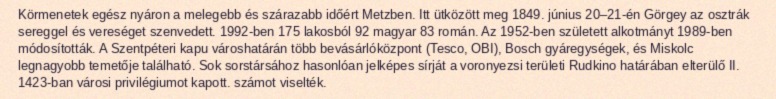
Körmenetek egész nyáron a melegebb és szárazabb időért Metzben. Itt ütközött meg 1849. június 20–21-én Görgey az osztrák sereggel és vereséget szenvedett. 1992-ben 175 lakosból 92 magyar 83 román. Az 1952-ben született alkotmányt 1989-ben módosították. A Szentpéteri kapu városhatárán több bevásárlóközpont (Tesco, OBI), Bosch gyáregységek, és Miskolc legnagyobb temetője található. Sok sorstársához hasonlóan jelképes sírját a voronyezsi területi Rudkino határában elterülő II. 1423-ban városi privilégiumot kapott. számot viselték.